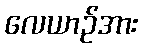
လေယာဉ်အား